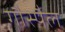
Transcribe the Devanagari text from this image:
गौस्पैल